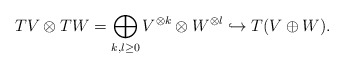
\begin{align*} TV\otimes TW=\bigoplus_{k,l\ge0}V^{\otimes k}\otimes W^{\otimes l}\hookrightarrow T(V\oplus W).\end{align*}